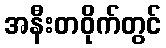
အနီးတဝိုက်တွင်